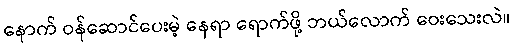
နောက် ဝန်ဆောင်ပေးမဲ့ နေရာ ရောက်ဖို့ ဘယ်လောက် ဝေးသေးလဲ။